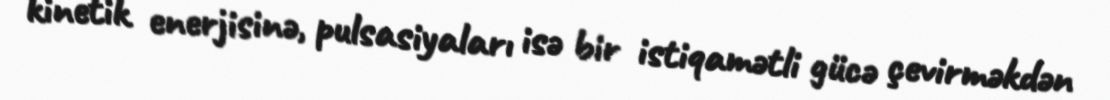
kinetik enerjisinə, pulsasiyaları isə bir istiqamətli gücə çevirməkdən